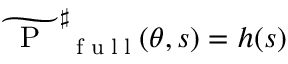
\widetilde { \mathrm { ~ \mathrm { ~ P ~ } ~ } } _ { \mathrm { ~ \tiny ~ f ~ u ~ l ~ l ~ } } ^ { \sharp } ( \theta , s ) = h ( s )